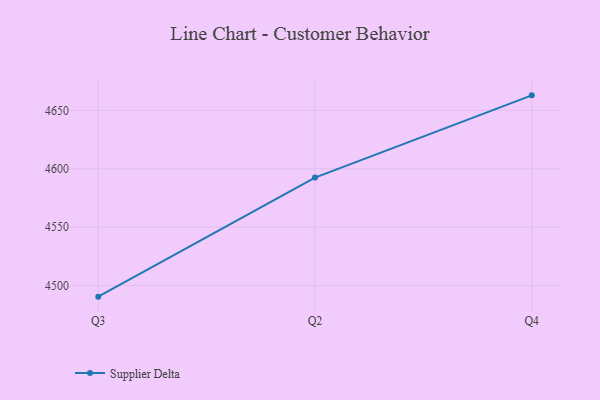
{"axis": {"x": "Quarter", "y": "Latency (ms)"}, "legend": ["Supplier Delta"], "data": [{"x": "Q3", "y": 4490.5, "type": "Supplier Delta"}, {"x": "Q2", "y": 4592.5, "type": "Supplier Delta"}, {"x": "Q4", "y": 4662.9, "type": "Supplier Delta"}]}